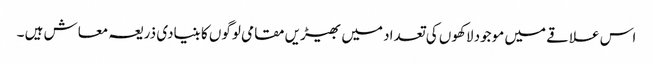
اس علاقے میں موجود لاکھوں کی تعداد میں بھیڑیں مقامی لوگوں کا بنیادی ذریعہ معاش ہیں ۔